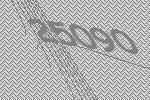
25090